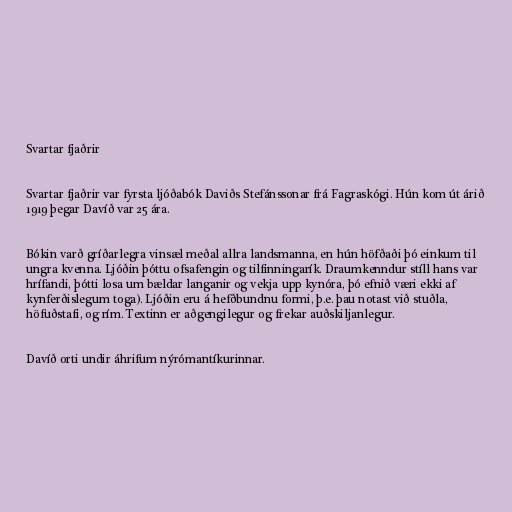
Svartar fjaðrir

Svartar fjaðrir var fyrsta ljóðabók Daviðs Stefánssonar frá Fagraskógi. Hún kom út árið
1919 þegar Davíð var 25 ára.

Bókin varð gríðarlegra vinsæl meðal allra landsmanna, en hún höfðaði þó einkum til
ungra kvenna. Ljóðin þóttu ofsafengin og tilfinningarík. Draumkenndur stíll hans var
hrífandi, þótti losa um bældar langanir og vekja upp kynóra, þó efnið væri ekki af
kynferðislegum toga). Ljóðin eru á hefðbundnu formi, þ.e. þau notast við stuðla,
höfuðstafi, og rím. Textinn er aðgengilegur og frekar auðskiljanlegur.

Davíð orti undir áhrifum nýrómantíkurinnar.